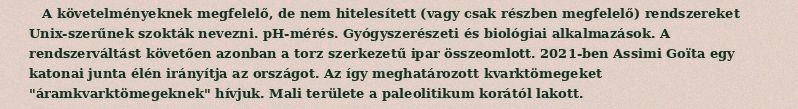
A követelményeknek megfelelő, de nem hitelesített (vagy csak részben megfelelő) rendszereket Unix-szerűnek szokták nevezni. pH-mérés. Gyógyszerészeti és biológiai alkalmazások. A rendszerváltást követően azonban a torz szerkezetű ipar összeomlott. 2021-ben Assimi Goïta egy katonai junta élén irányítja az országot. Az így meghatározott kvarktömegeket "áramkvarktömegeknek" hívjuk. Mali területe a paleolitikum korától lakott.